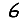
Digit: 6